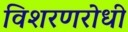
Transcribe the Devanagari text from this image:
विशरणरोधी